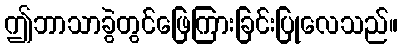
ဤဘာသာခွဲတွင်ဖြေကြားခြင်းပြုလေသည်။